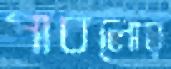
পাবলোর